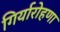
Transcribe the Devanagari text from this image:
गिर्यारोहणा